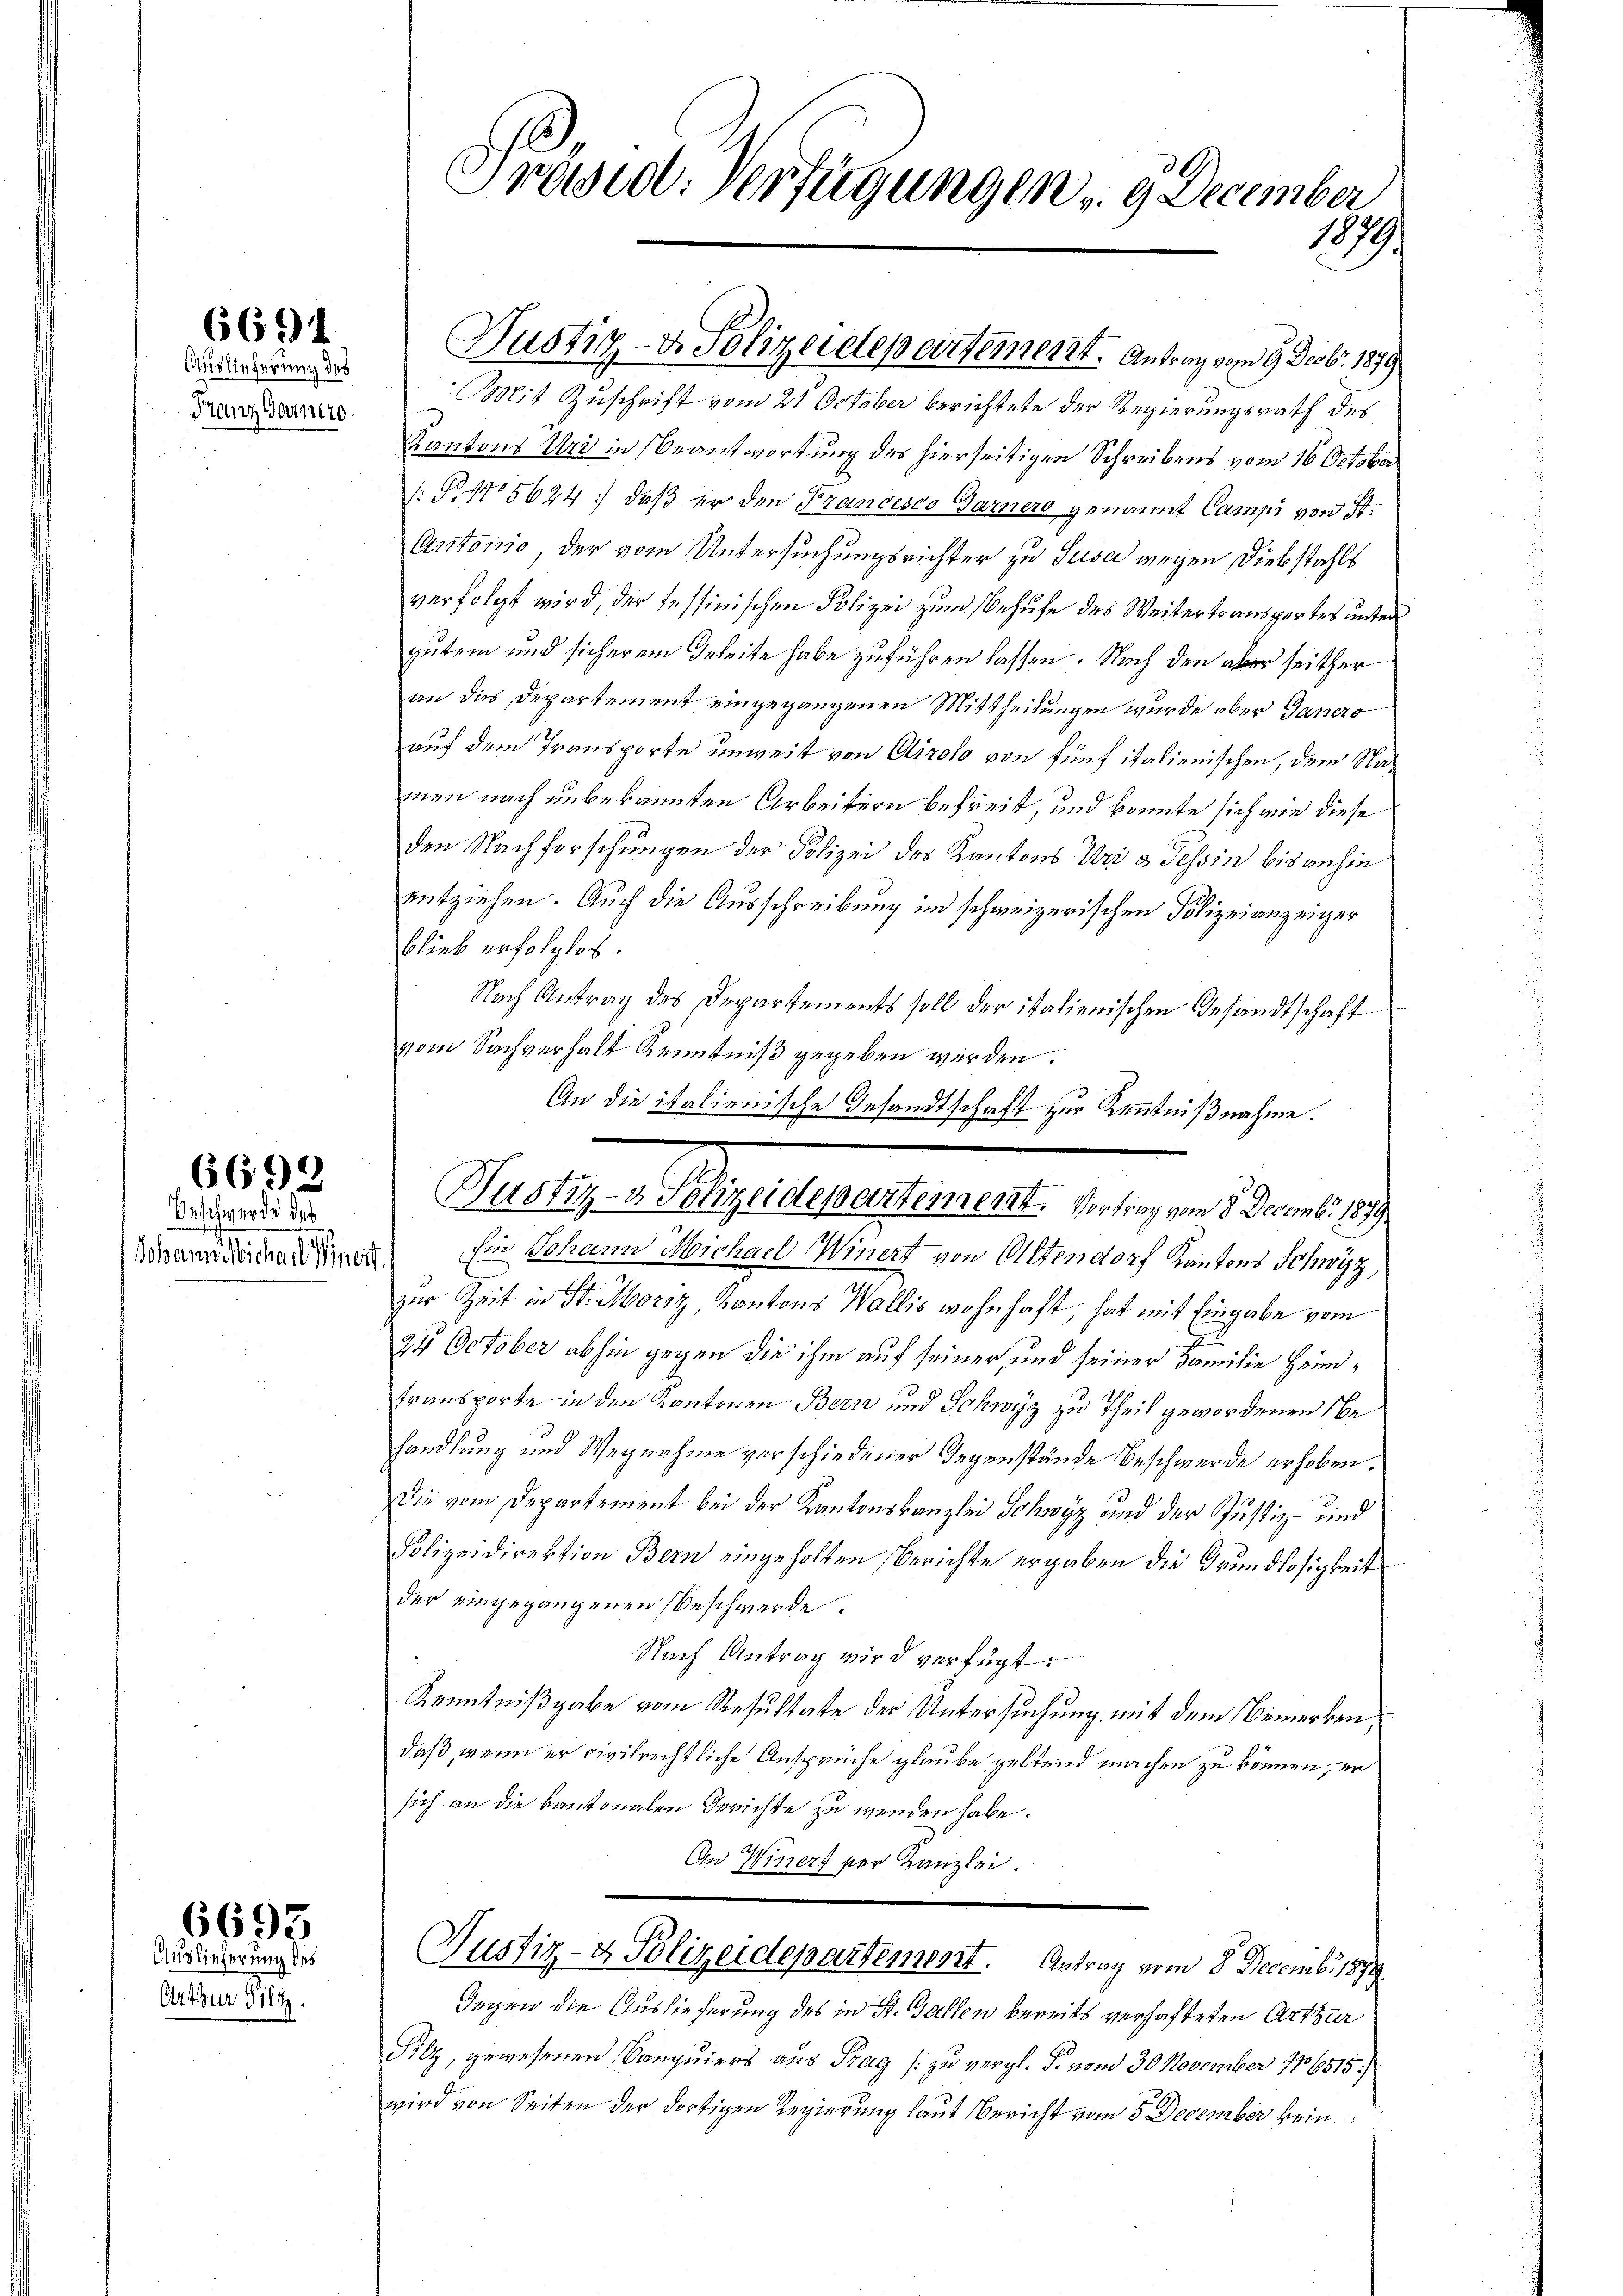
6691

Auslieferung des
Franz Gaunero

6699

Beschwerde des
Johann Michael Miners

Auslieferung des
Art zur Giltz.

6693

Präsid. Verfügungen 9 December
1879

Justiz- & Polizeidepartement. Antrag vom 9. Decbr. 1879

Mit Zuschrift vom 21. October berichtete der Regierungsrath des
Kantons Uri in Beantwortung des hierseitigen Schreibens vom 16. October
: P. 105624) daß er den Francesco Garnero genannt Campi von St.
Antonio der vom Untersuchungsrichter zu Jusa wegen Diebstahls
verfolgt wird, der Tessinischen Polizei zum Behufe des Weitertransportes untergutem und sicherem Geleite habe zuführen lassen. Nach den aber seither
an das Departement eingegangenen Mittheilungen wurde aber Ganero
auf dem Transporte unweit von Airolo von fünf italienischen, dem Namen nach unbekannten Arbeitern befreit, und konnte sich wie diese
den Nachforschungen der Polizei des Kantons Uri u. Tessin bis anhin
entziehen. Auch die Ausschreibung im schweizerischen Polizeianzeiger
blieb erfolglos.
Nach Antrag des Departements soll der italienischen Gesandtschaft
vom Sachverhalt Kenntniß gegeben werden.
An die italienische Gesandtschaft zur Kenntnißnahme.

Justiz- & Polizeidepartement. Vortrag vom 8. Decembr. 1879

Ein Johann Michael Winert von Oltendorf Kantons Schwyz,
zur Zeit in St. Moriz, Kantons Wallis wohnhaft, hat mit Eingabe vom
u
24 October abhin gegen die ihm auf seiner und seiner Familie Heimtransporte in den Kantonen Bern und Schwyz zu Theil gewordenen Sehandlung und Wegnahme verschiedener Gegenstände Beschwerde erhoben.
Die vom Departement bei der Kantonskanzlei Schwyz und der Justiz- und
Polizeidirektion Bern eingeholten Berichte ergaben die Grundlosigkeit
der eingegangenen Beschwerde.
Nach Antrag wird verfügt:
Kenntnißgabe vom Resultate der Untersuchung mit dem Bemerken,
daß, wenn er civilrechtliche Ansprüche glaube geltend machen zu können, er
sich an die kantonalen Gerichte zu wenden habe.
An Winers per Kanzlei.

Justiz- & Polizeidepartement. Antrag vom 8. Decembr 1879.

Gegen die Auslieferung des in St. Gallen bereits verhafteten Arthur
Filz, gewesenen (Canquiers aus Prag zu vergl. F. vom 30 November 186515.
wird von Seiten der dortigen Regierung laut Bericht vom 5. December kein